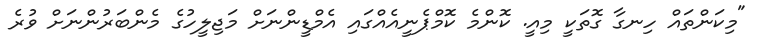
"މިކަންތައް ހިނގާ ގޮތަކީ މިއީ. ކޮންމެ ކޮމްޕެނީއެއްގައި އެމްޑީންނަށް މަޖިލީހުގެ މެންބަރުންނަށް ވުރެ